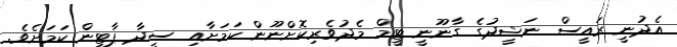
އެދުނީ ރައީސް ނަޝީދުގެ ގާނޫނީ ޓީމް މެދުވެރިކޮށްނޫން ކަމަށާއި ސީދާ ޕާޓީން ކަމަށެވެ.